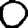
Digit: 0